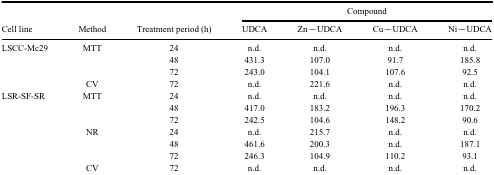
|  |  |  | <COLSPAN=4> Compound |
 | Cell line | Method | Treatment period (h) | UDCA | Zn‒UDCA | Cu‒UDCA | Ni‒UDCA |
 | --- | --- | --- | --- | --- | --- | --- |
 | LSCC-Mc29 | MTT | 24 | n.d. | n.d. | n.d. | n.d. |
 |  |  | 48 | 431.3 | 107.0 | 91.7 | 185.8 |
 |  |  | 72 | 243.0 | 104.1 | 107.6 | 92.5 |
 |  | CV | 72 | n.d. | 221.6 | n.d. | n.d. |
 | LSR-SF-SR | MTT | 24 | n.d. | n.d. | n.d. | n.d. |
 |  |  | 48 | 417.0 | 183.2 | 196.3 | 170.2 |
 |  |  | 72 | 242.5 | 104.6 | 148.2 | 90.6 |
 |  | NR | 24 | n.d. | 215.7 | n.d. | n.d. |
 |  |  | 48 | 461.6 | 200.3 | n.d. | 187.1 |
 |  |  | 72 | 246.3 | 104.9 | 110.2 | 93.1 |
 |  | CV | 72 | n.d. | n.d. | n.d. | n.d. |